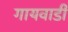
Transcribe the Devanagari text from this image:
गायवाडी